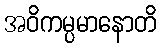
အဝိကမ္ပမာနောတိ